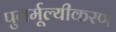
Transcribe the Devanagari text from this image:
पुनर्मूल्यीकरण